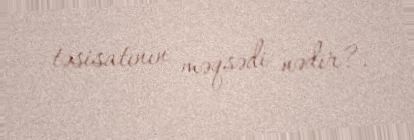
təsisatının məqsədi nədir?.